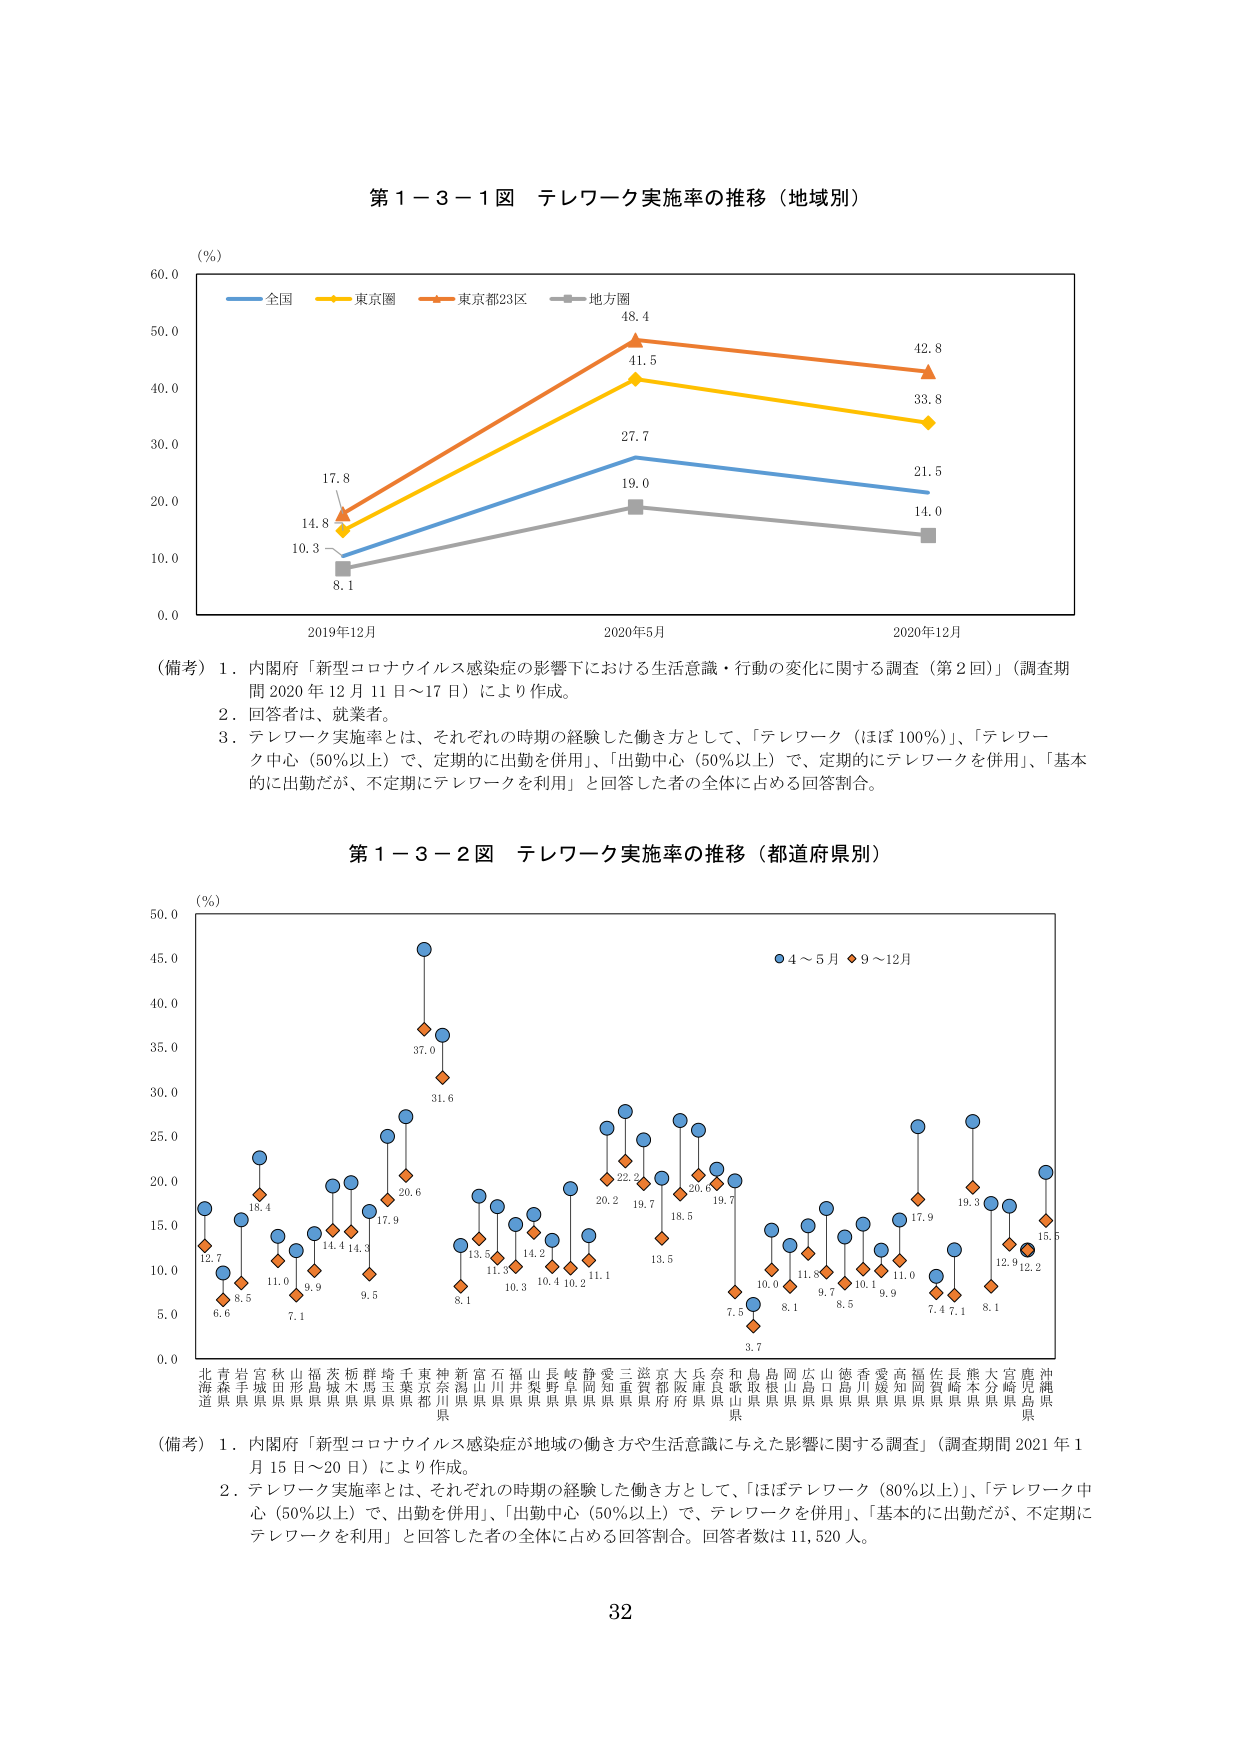
第１－３－１図 テレワーク実施率の推移（地域別）

(％)
全国
東京圏
東京都23区
地方圏

60.0
50.0
40.0
30.0
20.0
10.0
0.0

2019年12月
2020年5月
2020年12月

14.8
17.8
10.3
8.1
48.4
41.5
27.7
19.0
42.8
33.8
21.5
14.0

（備考）１．内閣府「新型コロナウイルス感染症の影響下における生活意識・行動の変化に関する調査（第２回）」（調査期間 2020 年 12 月 11 日～17 日）により作成。
　　　２．回答者は、就業者。
　　　３．テレワーク実施率とは、それぞれの時期の経験した働き方として、「テレワーク（ほぼ100％）」、「テレワーク中心（50％以上）で、定期的に出勤を併用」、「出勤中心（50％以上）で、定期的にテレワークを併用」、「基本的に出勤だが、不定期にテレワークを利用」と回答した者の全体に占める回答割合。

第１－３－２図 テレワーク実施率の推移（都道府県別）

(％)
50.0
45.0
40.0
35.0
30.0
25.0
20.0
15.0
10.0
5.0
0.0

● 4～5月 ◆ 9～12月

北海道
青森県
岩手県
宮城県
秋田県
山形県
福島県
茨城県
栃木県
群馬県
埼玉県
千葉県
東京都
神奈川県
新潟県
富山県
石川県
福井県
山梨県
長野県
岐阜県
静岡県
愛知県
三重県
滋賀県
京都府
大阪府
兵庫県
奈良県
和歌山県
鳥取県
島根県
岡山県
広島県
山口県
徳島県
香川県
愛媛県
高知県
福岡県
佐賀県
長崎県
熊本県
大分県
宮崎県
鹿児島県
沖縄県

12.7
6.6
18.4
8.5
11.0
7.1
14.4
9.9
14.3
9.5
17.9
20.6
37.0
31.6
13.5
8.1
11.3
10.3
14.2
10.4
10.2
11.1
20.2
19.7
13.5
18.5
20.6
19.7
7.5
3.7
10.0
8.1
11.8
9.7
8.5
10.1
9.9
11.0
17.9
7.4
7.1
8.1
12.9
12.2
15.5

（備考）１．内閣府「新型コロナウイルス感染症が地域の働き方や生活意識に与えた影響に関する調査」（調査期間 2021 年 1 月 15 日～20 日）により作成。
　　　２．テレワーク実施率とは、それぞれの時期の経験した働き方として、「ほぼテレワーク（80％以上）」、「テレワーク中心（50％以上）で、出勤を併用」、「出勤中心（50％以上）で、テレワークを併用」、「基本的に出勤だが、不定期にテレワークを利用」と回答した者の全体に占める回答割合。回答者数は 11,520 人。

32